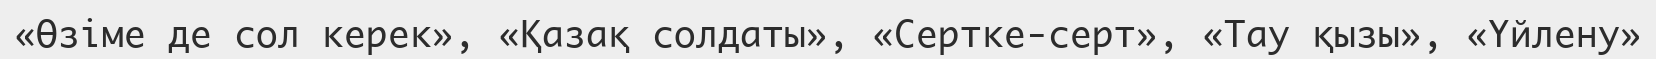
«Өзіме де сол керек», «Қазақ солдаты», «Сертке-серт», «Тау қызы», «Үйлену»